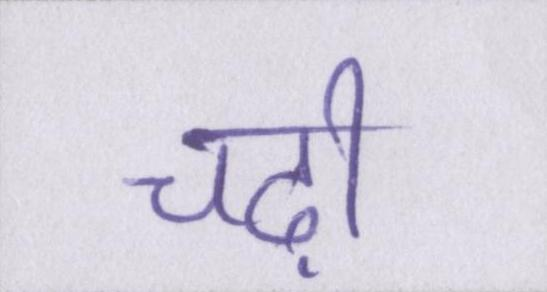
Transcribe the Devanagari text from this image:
चढ़ी